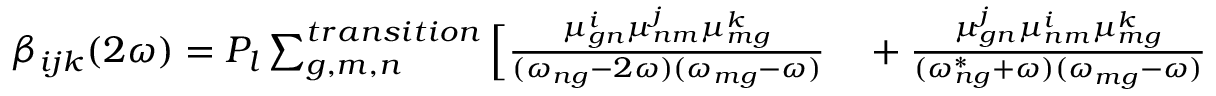
\begin{array} { r l } { \beta _ { i j k } ( 2 \omega ) = P _ { l } \sum _ { g , m , n } ^ { t r a n s i t i o n } \Big [ \frac { \mu _ { g n } ^ { i } \mu _ { n m } ^ { j } \mu _ { m g } ^ { k } } { ( \omega _ { n g } - 2 \omega ) ( \omega _ { m g } - \omega ) } } & { { } + \frac { \mu _ { g n } ^ { j } \mu _ { n m } ^ { i } \mu _ { m g } ^ { k } } { ( \omega _ { n g } ^ { * } + \omega ) ( \omega _ { m g } - \omega ) } } \end{array}